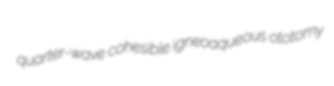
quarter-wave cohesible igneoaqueous ototomy